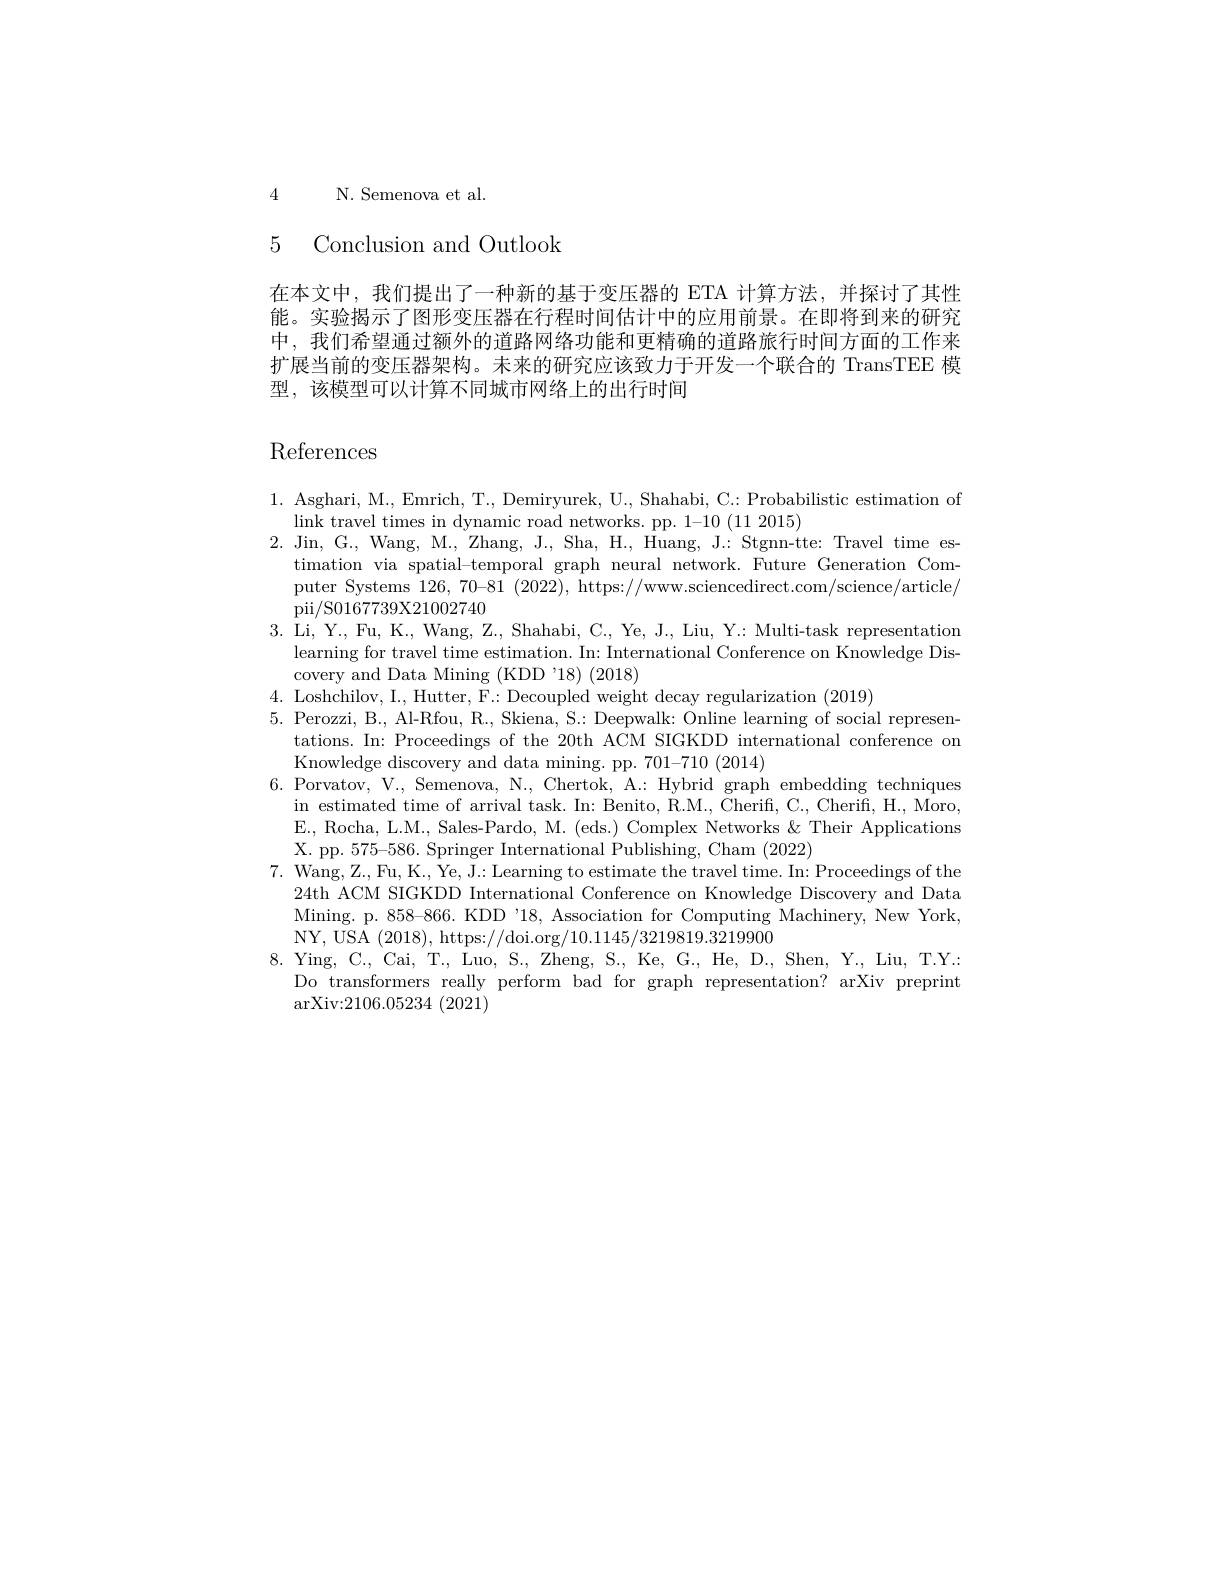
4 N. Semenova et al.

5 Conclusion and Outlook

在本文中，我们提出了一种新的基于变压器的 ETA 计算方法，并探讨了其性能。实验揭示了图形变压器在行程时间估计中的应用前景。在即将到来的研究中，我们希望通过额外的道路网络功能和更精确的道路旅行时间方面的工作来扩展当前的变压器架构。未来的研究应该致力于开发一个联合的 TransTEE 模型，该模型可以计算不同城市网络上的出行时间

References

1. Asghari, M., Emrich, T., Demiryurek, U., Shahabi, C.: Probabilistic estimation of
$\operatorname*{link}$ travel times in dynamic road networks. pp. 1-10 (11 2015)
2. Jin, G., Wang, M., Zhang, J., Sha, H., Huang, J.: Stgnn-tte: Travel time es-
timation via spatial-temporal graph neural network. Future Generation Computer Systems $126,70–81\pmod{(2022)}$, https://www.sciencedirect.com/science/article/ pii/S0167739X21002740
3. Li, Y., Fu, K., Wang, Z., Shahabi, C., Ye, J., Liu, Y.: Multi-task representation
learning for travel time estimation. In: International Conference on Knowledge Dis-
covery and Data Mining (KDD '18) (2018)
4. Loshchilov, I., Hutter, F: Decoupled weight decay regularization (2019)
5. Perozzi, B., Al-Rfou, R.., Skiena, S.: Deepwalk: Online learning of social represen-
tations. In: Proceedings of the 20th ACM SIGKDD international conference om
Knowledge discovery and data mining. pp. 701-710 (2014)
6. Porvatov, V., Semenova, N., Chertok, A.: Hybrid graph embedding techniques
in estimated time of arrival task. In: Benito, R.M., Cherifi, C., Cherifi, H., Moro, E., Rocha, L.M., Sales-Pardo, M. (eds.) Complex Networks & Their Applications X. pp. 575-586. Springer International Publishing, Cham (2022)
7. Wang, Z., Fu, K.., Ye, J.: Learning to estimate the travel time. In: Proceedings of the
24th ACM SIGKDD International Conference on Knowledge Discovery and Data Mining. p. 858-866. KDD '18, Association for Computing Machinery, New York, NY, USA (2018), https://doi.org/10.1145/3219819.3219900
$8.~$Ying, C., Cai, T., Luo, S., Zheng, S., Ke, G., He, D., Shen, Y., Liu, T.Y.
Do transformers really perform bad for graph representation? arXiv preprint
$\operatorname{arXiv:2106.05234}\left(2021\right)$